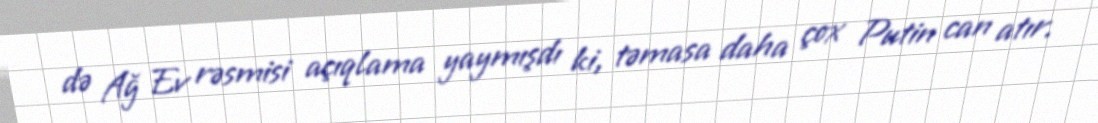
də Ağ Ev rəsmisi açıqlama yaymışdı ki, təmasa daha çox Putin can atır.